Calcutta medical institutions reports 1892-1900
Year: 1892
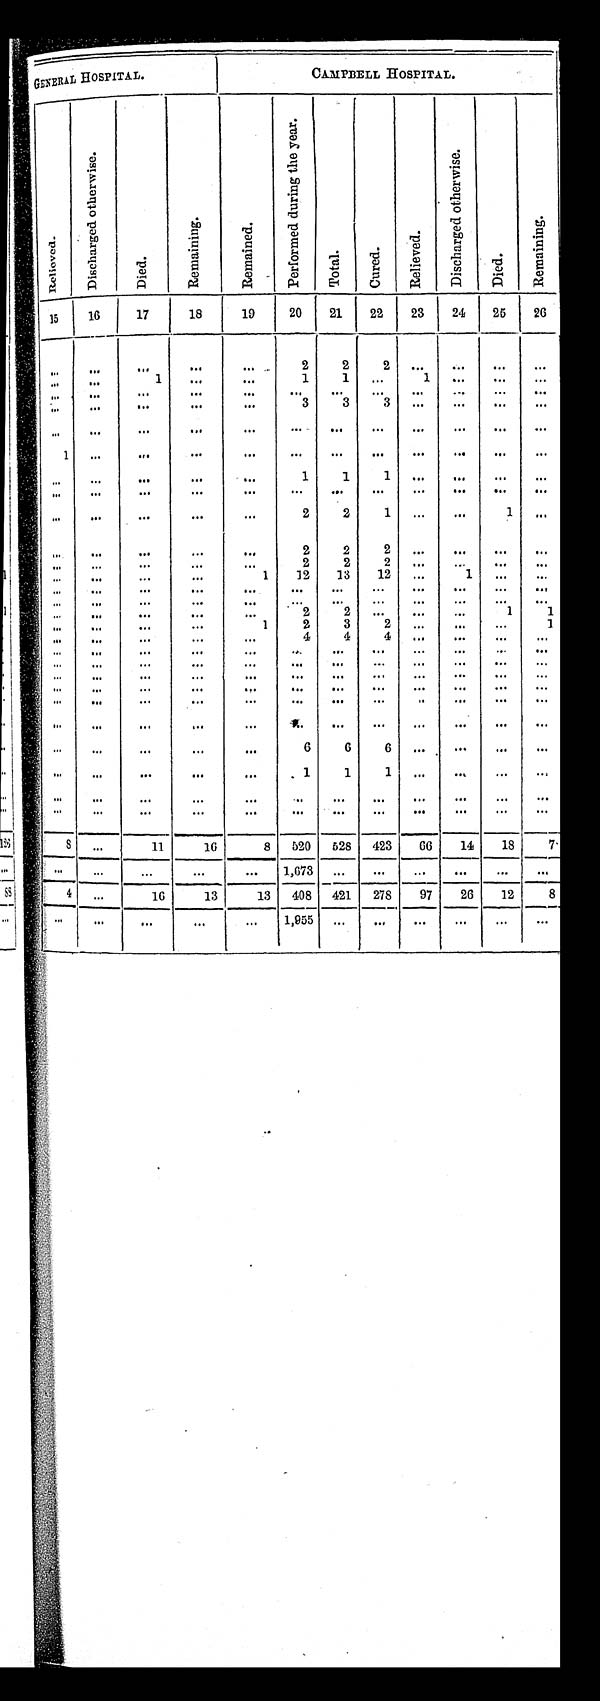
CAMPBELL HOSPITAL.
Relieved.
D i s c h a r g e d o t h e r w i s e .
D i e d .
R e m a i n i n g .
R e m a i n e d .
P e r f o r m e d d u r i n g t h e y e a r .
T o t a l .
C u r e d .
R e l i e v e d .
D i s c h a r g e d o t h e r w i s e .
D i e d .
R e m a i n i n g .
15
16
17
18
19
20
21
22
23
24
25
26
. . .
. . .
. . .
. . .
. . .
2
2
2
. . .
. . .
. . .
. . .
. . .
. . .
1
. . .
. . .
1
1
. . .
1
. . .
. . .
. . .
. . .
. . .
. . .
. . .
. . .
. . .
. . .
. . .
. . .
. . .
. . .
. . .
. . .
. . .
. . .
. . .
. . .
3
3
3
. . .
. . .
. . .
. . .
. . .
. . .
. . .
. . .
. . .
. . .
. . .
. . .
. . .
. . .
. . .
. . .
1
. . .
. . .
. . .
. . .
. . .
. . .
. . .
. . .
. . .
. . .
. . .
. . .
. . .
. . .
. . .
. . .
1
1
1
. . .
. . .
. . .
. . .
. . .
. . .
. . .
. . .
. . .
. . .
. . .
. . .
. . .
. . .
. . .
. . .
. . .
. . .
. . .
. . .
. . .
2
2
1
. . .
. . .
1
. . .
. . .
. . .
. . .
. . .
. . .
2
2
2
. . .
. . .
. . .
. . .
. . .
. . .
. . .
. . .
. . .
2
2
2
. . .
. . .
. . .
. . .
. . .
. . .
. . .
. . .
1
1 2
13
12
. . .
1
. . .
. . .
. . .
. . .
. . .
. . .
. . .
. . .
. . .
. . .
. . .
. . .
. . .
. . .
. . .
. . .
. . .
. . .
. . .
. . .
. . .
. . .
. . .
. . .
. . .
. . .
. . .
. . .
. . .
. . .
. . .
2
2
. . .
. . .
. . .
1
1
. . .
. . .
. . .
. . .
1
2
3
2
. . .
. . .
. . .
1
. . .
. . .
. . .
. . .
. . .
4
4
4
. . .
. . .
. . .
. . .
. . .
. . .
. . .
. . .
. . .
. . .
. . .
. . .
. . .
. . .
. . .
. . .
. . .
. . .
. . .
. . .
. . .
. . .
. . .
. . .
. . .
. . .
. . .
. . .
. . .
. . .
. . .
. . .
. . .
. . .
. . .
. . .
. . .
. . .
. . .
. . .
. . .
. . .
. . .
. . .
. . .
. . .
. . .
. . .
. . .
. . .
. . .
. . .
. . .
. . .
. . .
. . .
. . .
. . .
. . .
. . .
. . .
. . .
. . .
. . .
. . .
. . .
. . .
. . .
. . .
. . .
. . .
. . .
. . .
. . .
. . .
. . .
. . .
. . .
. . .
. . .
. . .
6
6
6
. . .
. . .
. . .
. . .
. . .
. . .
. . .
. . .
. . .
1
1
1
. . .
. . .
. . .
. . .
. . .
. . .
. . .
. . .
. . .
. . .
. . .
. . .
. . .
. . .
. . .
. . .
. . .
. . .
. . .
. . .
. . .
. . .
. . .
. . .
. . .
. . .
. . .
. . .
8
. . .
1 1
16
8
520
528
423
66
14
18
-7
. . .
. . .
. . .
. . .
. . .
1 , 6 7 3
. . .
. . .
. . .
. . .
. . .
. . .
4
. . .
16
13
13
408
421
278
97
26
12
8
. . .
. . .
. . .
. . .
. . .
1,955
. . .
. . .
. . .
. . .
. . .
. . .